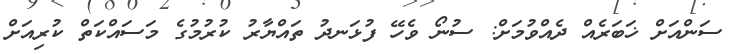
ސަންއަށް ޚަބަރެއް ދެއްވުމަށް: ސުނޯ ވެހޭ ފުޅަނދު ތައްޔާރު ކުރުމުގެ މަސައްކަތް ކުރިއަށް